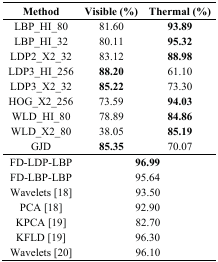
| Method | Visible (%) | Thermal (%) |
 | --- | --- | --- |
 | LBP_HI_80 | 81.60 | 93.89 |
 | LBP_HI_32 | 80.11 | 95.32 |
 | LDP2_X2_32 | 83.12 | 88.98 |
 | LDP3_HI_256 | 88.20 | 61.10 |
 | LDP3_X2_32 | 85.22 | 73.30 |
 | HOG_X2_256 | 73.59 | 94.03 |
 | WLD_HI_80 | 78.89 | 84.86 |
 | WLD_X2_80 | 38.05 | 85.19 |
 | GJD | 85.35 | 70.07 |
 | FD-LDP-LBP | <COLSPAN=2> 96.99 |
 | FD-LBP-LBP | <COLSPAN=2> 95.64 |
 | Wavelets [18] | <COLSPAN=2> 93.50 |
 | PCA [18] | <COLSPAN=2> 92.90 |
 | KPCA [19] | <COLSPAN=2> 82.70 |
 | KFLD [19] | <COLSPAN=2> 96.30 |
 | Wavelets [20] | <COLSPAN=2> 96.10 |